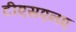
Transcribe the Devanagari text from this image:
टीएसएनए